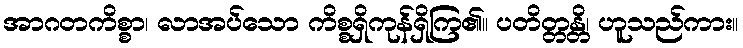
အာဂတကိစ္စာ၊ လာအပ်သော ကိစ္စရှိကုန်ရှိကြ၏။ ပတိတ္တန္တိ၊ ဟူသည်ကား။